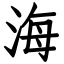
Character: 海